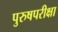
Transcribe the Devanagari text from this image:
पुरुषपरीक्षा